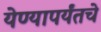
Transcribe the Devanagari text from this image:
येण्यापर्यंतचे